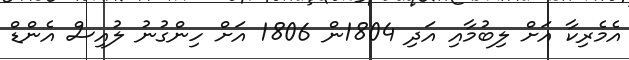
އެމެރިކާ އަށް ލިބުމާއި އަދި 1804ން 1806 އަށް ހިންގުނު ލުއިސް އެންޑް